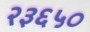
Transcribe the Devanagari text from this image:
२३६५०